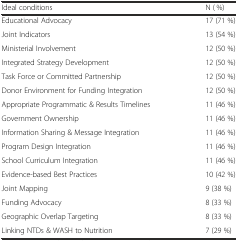
<table><thead><tr><td><b>Ideal conditions</b></td><td><b>N ( %)</b></td></tr></thead><tbody><tr><td>Educational Advocacy</td><td>17 (71 %)</td></tr><tr><td>Joint Indicators</td><td>13 (54 %)</td></tr><tr><td>Ministerial Involvement</td><td>12 (50 %)</td></tr><tr><td>Integrated Strategy Development</td><td>12 (50 %)</td></tr><tr><td>Task Force or Committed Partnership</td><td>12 (50 %)</td></tr><tr><td>Donor Environment for Funding Integration</td><td>12 (50 %)</td></tr><tr><td>Appropriate Programmatic &amp; Results Timelines</td><td>11 (46 %)</td></tr><tr><td>Government Ownership</td><td>11 (46 %)</td></tr><tr><td>Information Sharing &amp; Message Integration</td><td>11 (46 %)</td></tr><tr><td>Program Design Integration</td><td>11 (46 %)</td></tr><tr><td>School Curriculum Integration</td><td>11 (46 %)</td></tr><tr><td>Evidence-based Best Practices</td><td>10 (42 %)</td></tr><tr><td>Joint Mapping</td><td>9 (38 %)</td></tr><tr><td>Funding Advocacy</td><td>8 (33 %)</td></tr><tr><td>Geographic Overlap Targeting</td><td>8 (33 %)</td></tr><tr><td>Linking NTDs &amp; WASH to Nutrition</td><td>7 (29 %)</td></tr></tbody></table>